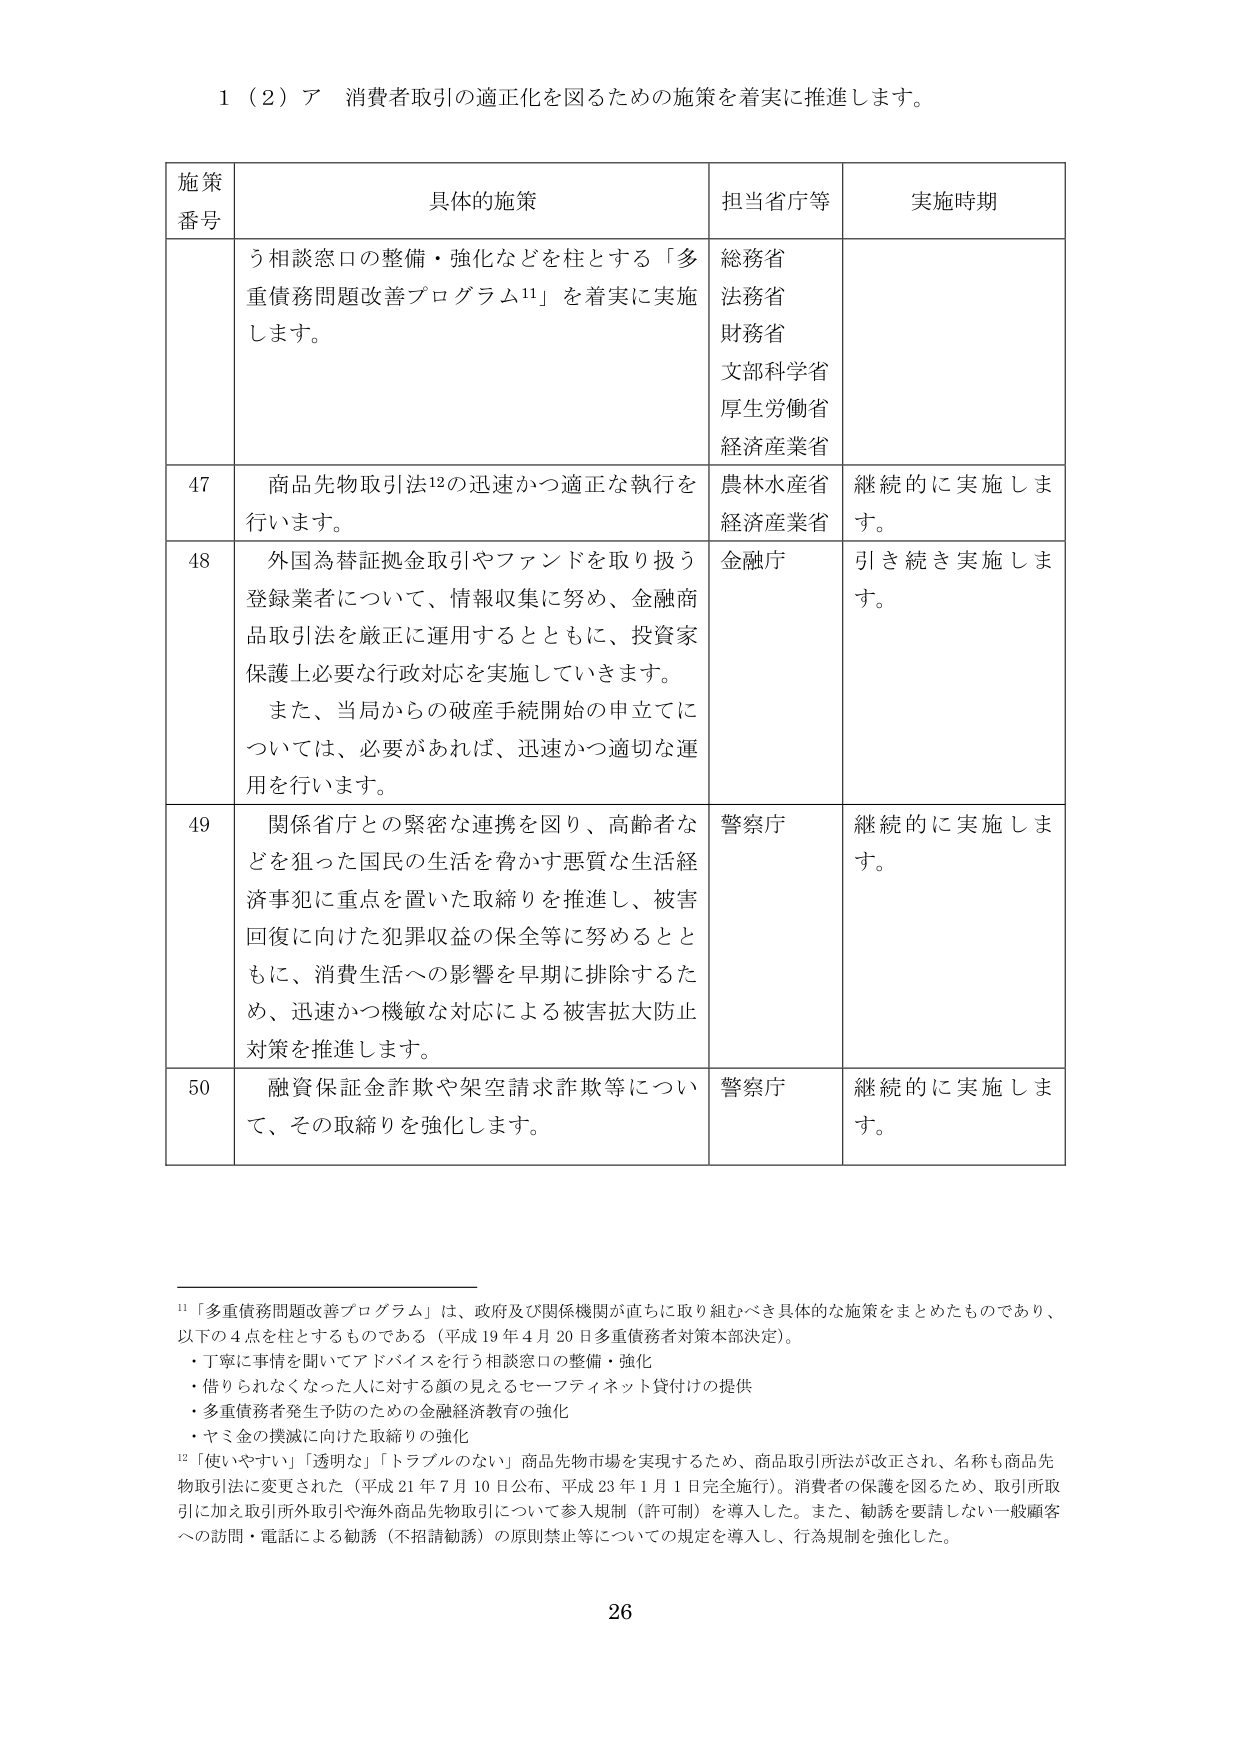
1（2）ア 消費者取引の適正化を図るための施策を着実に推進します。

施策番号	具体的施策	担当省庁等	実施時期
	う相談窓口の整備・強化などを柱とする「多重債務問題改善プログラム¹¹」を着実に実施します。	総務省法務省財務省文部科学省厚生労働省経済産業省
47	商品先物取引法¹²の迅速かつ適正な執行を行います。	農林水産省経済産業省	継続的に実施します。
48	外国為替証拠金取引やファンドを取り扱う登録業者について、情報収集に努め、金融商品取引法を厳正に運用するとともに、投資家保護上必要な行政対応を実施していきます。また、当局からの破産手続開始の申立てについては、必要があれば、迅速かつ適切な運用を行います。	金融庁	引き続き実施します。
49	関係省庁との緊密な連携を図り、高齢者などを狙った国民の生活を脅かす悪質な生活経済事犯に重点を置いた取締りを推進し、被害回復に向けた犯罪収益の保全等に努めるとともに、消費生活への影響を早期に排除するため、迅速かつ機敏な対応による被害拡大防止対策を推進します。	警察庁	継続的に実施します。
50	融資保証金詐欺や架空請求詐欺等について、その取締りを強化します。	警察庁	継続的に実施します。

¹¹「多重債務問題改善プログラム」は、政府及び関係機関が直ちに取り組むべき具体的な施策をまとめたものであり、以下の4点を柱とするものである（平成19年4月20日多重債務者対策本部決定）。
・丁寧に事情を聞いてアドバイスを行う相談窓口の整備・強化
・借りられなくなった人に対する顔の見えるセーフティネット貸付けの提供
・多重債務者発生予防のための金融経済教育の強化
・ヤミ金の撲滅に向けた取締りの強化

¹²「使いやすい」「透明な」「トラブルのない」商品先物市場を実現するため、商品取引所法が改正され、名称も商品先物取引法に変更された（平成21年7月10日公布、平成23年1月1日完全施行）。消費者の保護を図るため、取引所取引に加え取引所外取引や海外商品先物取引について参入規制（許可制）を導入した。また、勧誘を要請しない一般顧客への訪問・電話による勧誘（不招請勧誘）の原則禁止等についての規定を導入し、行為規制を強化した。

26